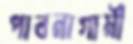
পাবনাগামী